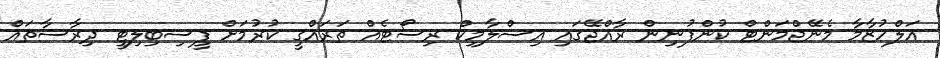
އަލްހުޒާމާ މެނޭޖްމަންޓް ކުންފުނިން ރާއްޖޭގައި އިސްލާމިކް ރިސޯޓެއް ތަރައްގީ ކުރުމަށް ފީސިބިލިޓީ ދިރާސާތައް